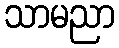
သာမညာ